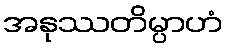
အနုဿတိမ္ပာဟံ